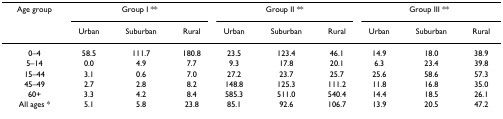
<table><thead><tr><td><b>Age group</b></td><td colspan="3"><b>Group I **</b></td><td colspan="3"><b>Group II **</b></td><td colspan="3"><b>Group III **</b></td></tr><tr><td></td><td><b>Urban</b></td><td><b>Suburban</b></td><td><b>Rural</b></td><td><b>Urban</b></td><td><b>Suburban</b></td><td><b>Rural</b></td><td><b>Urban</b></td><td><b>Suburban</b></td><td><b>Rural</b></td></tr></thead><tbody><tr><td>0–4</td><td>58.5</td><td>111.7</td><td>180.8</td><td>23.5</td><td>123.4</td><td>46.1</td><td>14.9</td><td>18.0</td><td>38.9</td></tr><tr><td>5–14</td><td>0.0</td><td>4.9</td><td>7.7</td><td>9.3</td><td>17.8</td><td>20.1</td><td>6.3</td><td>23.4</td><td>39.8</td></tr><tr><td>15–44</td><td>3.1</td><td>0.6</td><td>7.0</td><td>27.2</td><td>23.7</td><td>25.7</td><td>25.6</td><td>58.6</td><td>57.3</td></tr><tr><td>45–49</td><td>2.7</td><td>2.8</td><td>8.2</td><td>148.8</td><td>125.3</td><td>111.2</td><td>11.8</td><td>16.8</td><td>35.0</td></tr><tr><td>60+</td><td>3.3</td><td>4.2</td><td>8.4</td><td>585.3</td><td>511.0</td><td>540.4</td><td>14.4</td><td>18.5</td><td>26.1</td></tr><tr><td>All ages *</td><td>5.1</td><td>5.8</td><td>23.8</td><td>85.1</td><td>92.6</td><td>106.7</td><td>13.9</td><td>20.5</td><td>47.2</td></tr></tbody></table>